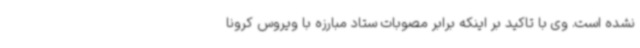
نشده است. وی با تاکید بر اینکه برابر مصوبات ستاد مبارزه با ویروس کرونا